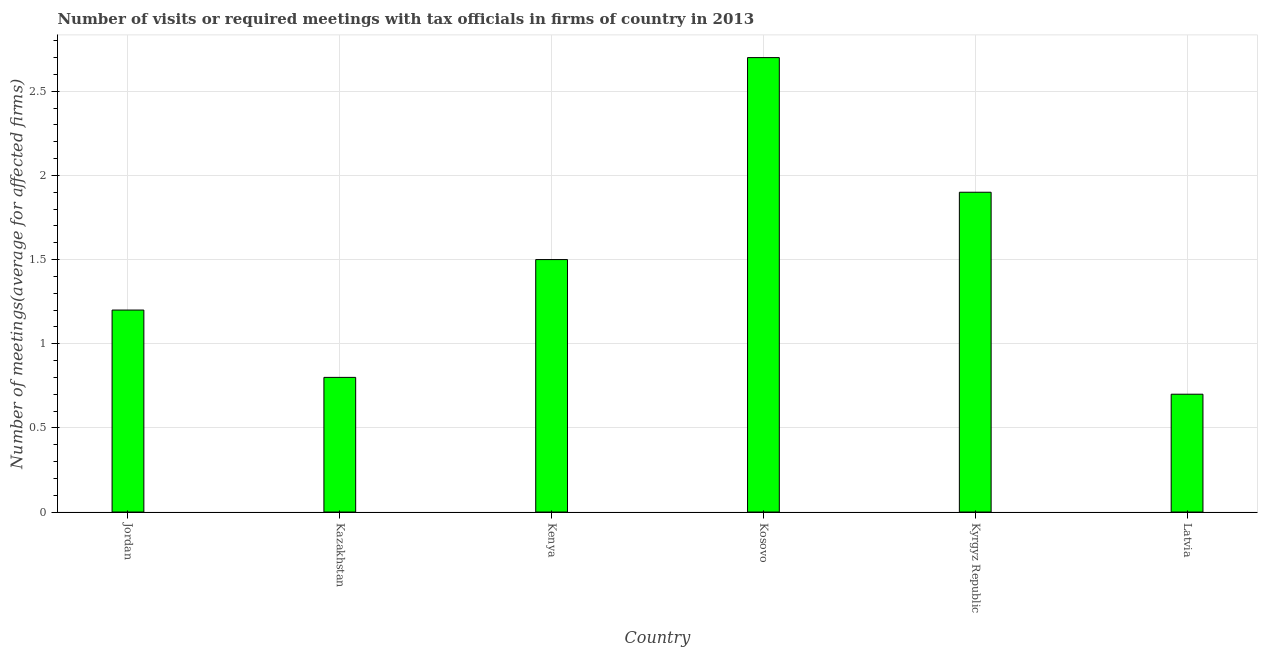
| Country | Meetings with tax officials |
 | --- | --- |
 | Jordan | 1.2 |
 | Kazakhstan | 0.8 |
 | Kenya | 1.5 |
 | Kosovo | 2.7 |
 | Kyrgyz Republic | 1.9 |
 | Latvia | 0.7 |